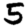
Digit: 5